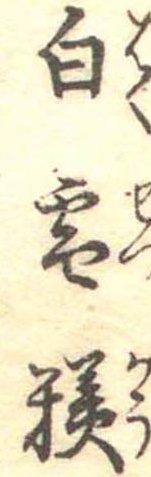
白雪糕